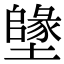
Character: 𡒰